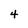
Character: 4